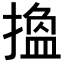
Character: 𢳷